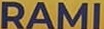
RAMI